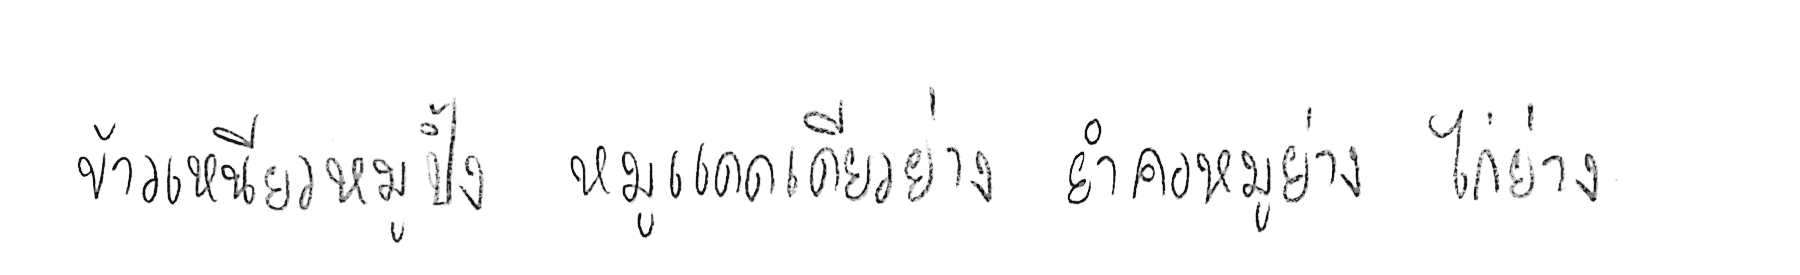
ข้าวเหนียวหมูปิ้ง หมูแดดเดียวย่าง ยำคอหมูย่าง ไก่ย่าง